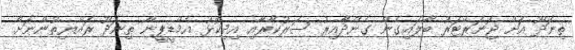
ތިނަދޫ އަށް ޖަނަރޭޓަރު ބާލައިގެން ގެންދާއިރު ސަރުކާރާއި އިދިކޮޅު އެމްޑީޕީން ތިނަދޫ ރައްޔިތުންނަށް